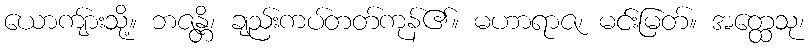
ယောကျ်ားသို့။ ဘဇန္တိ၊ ချည်းကပ်တတ်ကုန်၏။ မဟာရာဇ၊ မင်းမြတ်။ အတ္ထေသု၊